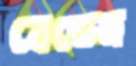
বেডেন